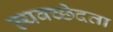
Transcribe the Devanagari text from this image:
व्यवच्छेदता